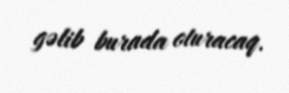
gəlib burada oturacaq.